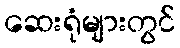
ဆေးရုံများတွင်